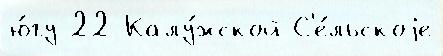
ю́гу 22 Калу́жской С'е́льскоjе